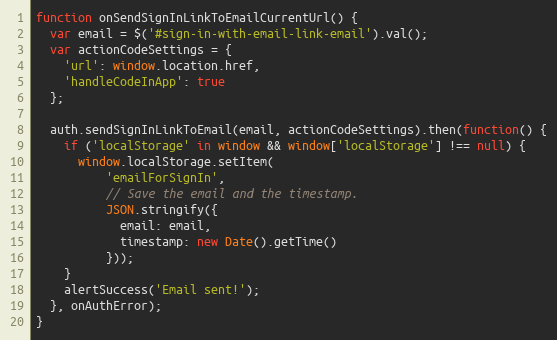
Language: JavaScript
function onSendSignInLinkToEmailCurrentUrl() {
  var email = $('#sign-in-with-email-link-email').val();
  var actionCodeSettings = {
    'url': window.location.href,
    'handleCodeInApp': true
  };

  auth.sendSignInLinkToEmail(email, actionCodeSettings).then(function() {
    if ('localStorage' in window && window['localStorage'] !== null) {
      window.localStorage.setItem(
          'emailForSignIn',
          // Save the email and the timestamp.
          JSON.stringify({
            email: email,
            timestamp: new Date().getTime()
          }));
    }
    alertSuccess('Email sent!');
  }, onAuthError);
}